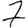
Digit: 7